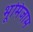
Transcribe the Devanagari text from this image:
भूमिजाम